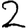
Digit: 2